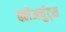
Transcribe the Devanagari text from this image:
क्लेअर्चुट्स